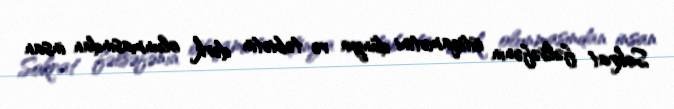
Sokrat fəlsəfənin istiqamətini dünya və təbiətin dərk olunmasından insan